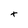
Character: t